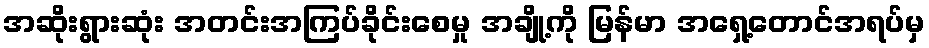
အဆိုးရွားဆုံး အတင်းအကြပ်ခိုင်းစေမှု အချို့ကို မြန်မာ အရှေ့တောင်အရပ်မှ